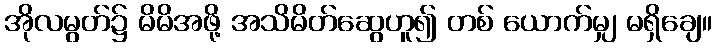
အိုလမွတ်၌ မိမိအဖို့ အသိမိတ်ဆွေဟူ၍ တစ် ယောက်မျှ မရှိချေ။